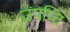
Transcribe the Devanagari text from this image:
उपप्त्ति